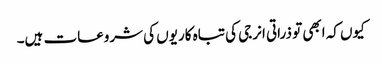
کیوں کہ ابھی تو ذراتی انرجی کی تباہ کاریوں کی شروعات ہیں۔